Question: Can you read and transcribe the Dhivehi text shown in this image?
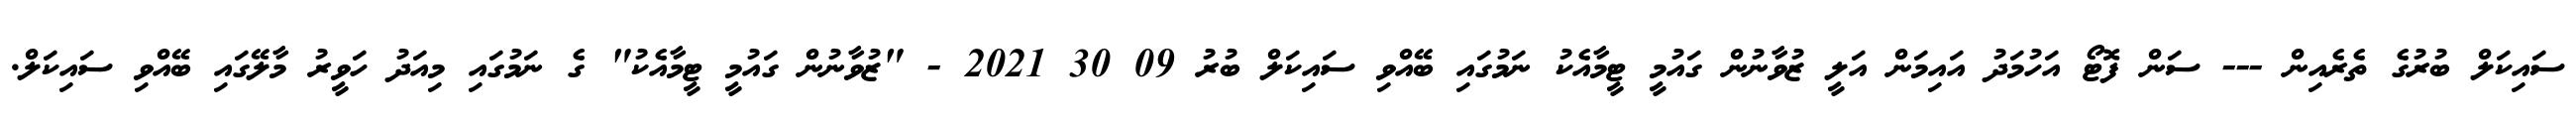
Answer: ސައިކަލް ބުރުގެ ތެރެއިން --- ސަން ފޮޓޯ އަހުމަދު އައިމަން އަލީ ޒުވާނުން ގައުމީ ޓީމާއެކު ނަމުގައި ބޭއްވި ސައިކަލް ބުރު 09 30 2021 - "ޒުވާނުން ގައުމީ ޓީމާއެކު" ގެ ނަމުގައި މިއަދު ހަވީރު މާލޭގައި ބޭއްވި ސައިކަލް.